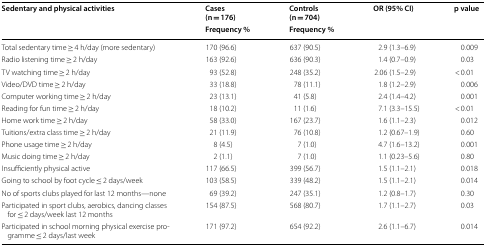
| <ROWSPAN=2> Sedentary and physical activities | Cases(n = 176) | Controls(n = 704) | <ROWSPAN=2> OR (95% CI) | <ROWSPAN=2> p value |
 | Frequency % | Frequency % |
 | --- | --- | --- | --- | --- |
 | Total sedentary time ≥ 4 h/day (more sedentary) | 170 (96.6) | 637 (90.5) | 2.9 (1.3–6.9) | 0.009 |
 | Radio listening time ≥ 2 h/day | 163 (92.6) | 636 (90.3) | 1.4 (0.7–0.9) | 0.03 |
 | TV watching time ≥ 2 h/day | 93 (52.8) | 248 (35.2) | 2.06 (1.5–2.9) | < 0.01 |
 | Video/DVD time ≥ 2 h/day | 33 (18.8) | 78 (11.1) | 1.8 (1.2–2.9) | 0.006 |
 | Computer working time ≥ 2 h/day | 23 (13.1) | 41 (5.8) | 2.4 (1.4–4.2) | 0.001 |
 | Reading for fun time ≥ 2 h/day | 18 (10.2) | 11 (1.6) | 7.1 (3.3–15.5) | < 0.01 |
 | Home work time ≥ 2 h/day | 58 (33.0) | 167 (23.7) | 1.6 (1.1–2.3) | 0.012 |
 | Tuitions/extra class time ≥ 2 h/day | 21 (11.9) | 76 (10.8) | 1.2 (0.67–1.9) | 0.60 |
 | Phone usage time ≥ 2 h/day | 8 (4.5) | 7 (1.0) | 4.7 (1.6–13.2) | 0.001 |
 | Music doing time ≥ 2 h/day | 2 (1.1) | 7 (1.0) | 1.1 (0.23–5.6) | 0.80 |
 | Insufficiently physical active | 117 (66.5) | 399 (56.7) | 1.5 (1.1–2.1) | 0.018 |
 | Going to school by foot cycle ≤ 2 days/week | 103 (58.5) | 339 (48.2) | 1.5 (1.1–2.1) | 0.014 |
 | No of sports clubs played for last 12 months—none | 69 (39.2) | 247 (35.1) | 1.2 (0.8–1.7) | 0.30 |
 | Participated in sport clubs, aerobics, dancing classes for ≤ 2 days/week last 12 months | 154 (87.5) | 568 (80.7) | 1.7 (1.1–2.7) | 0.03 |
 | Participated in school morning physical exercise programme ≤ 2 days/last week | 171 (97.2) | 654 (92.2) | 2.6 (1.1–6.7) | 0.014 |